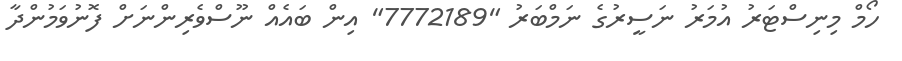
ހޯމް މިނިސްޓަރު އުމަރު ނަސީރުގެ ނަމްބަރު "7772189" އިން ބައެއް ނޫސްވެރިންނަށް ފޮނުވަމުންދާ